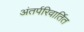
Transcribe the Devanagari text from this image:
अंतर्परिवार्तित